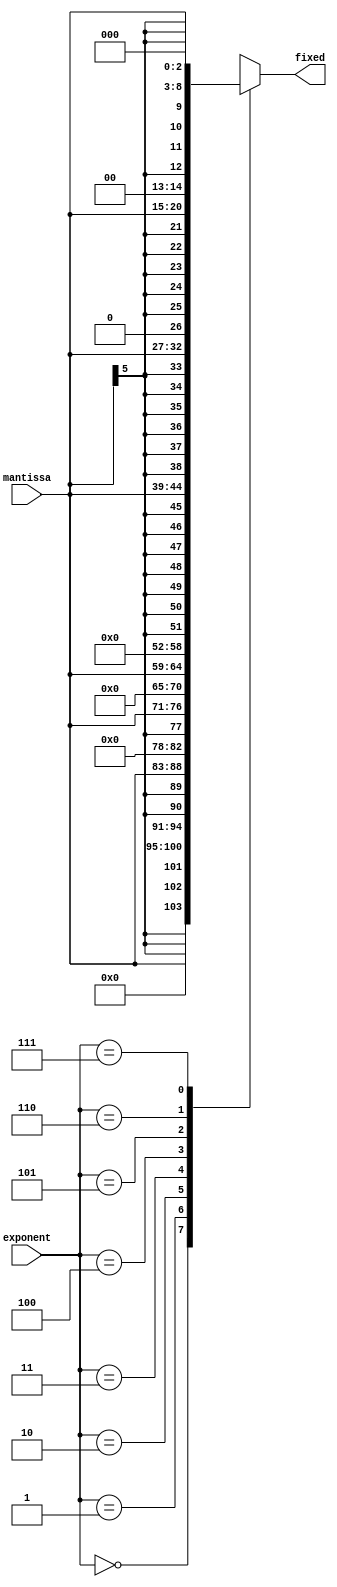
module float2fixed(
mantissa,
exponent,
fixed);

input [2:0] exponent;
input [5:0] mantissa;        
output [12:0] fixed;   

wire [5:0]  mantissa;
wire [2:0]  exponent;
reg  [12:0] fixed;


always @(*) begin
       case({exponent})
        
       3'b000: begin
       fixed = {mantissa[5],mantissa[5],mantissa[5],mantissa,1'b0,1'b0,1'b0,1'b0};
       end

       3'b001: begin
       fixed = {mantissa[5],mantissa[5],mantissa,1'b0,1'b0,1'b0,1'b0,1'b0};
       end
       
       3'b010: begin
       fixed = {mantissa[5],mantissa,1'b0,1'b0,1'b0,1'b0,1'b0,1'b0};
       end
       
       3'b011: begin
       fixed = {mantissa,1'b0,1'b0,1'b0,1'b0,1'b0,1'b0,1'b0};
       end
       
       3'b100: begin
       fixed = {mantissa[5],mantissa[5],mantissa[5],mantissa[5],mantissa[5],mantissa[5],mantissa[5], mantissa};
       end
       
       3'b101: begin
       fixed = {mantissa[5],mantissa[5],mantissa[5],mantissa[5],mantissa[5],mantissa[5],mantissa,1'b0};
       end

       3'b110: begin
       fixed = {mantissa[5],mantissa[5],mantissa[5],mantissa[5],mantissa[5],mantissa,1'b0,1'b0};
       end

       3'b111: begin
       fixed = {mantissa[5],mantissa[5],mantissa[5],mantissa[5],mantissa,1'b0,1'b0,1'b0};
       end
       endcase
end 
endmodule